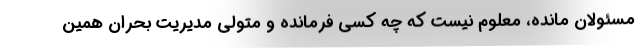
مسئولان مانده، معلوم نیست که چه کسی فرمانده و متولی مدیریت بحران همین